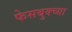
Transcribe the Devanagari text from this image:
फेसबुक्च्या